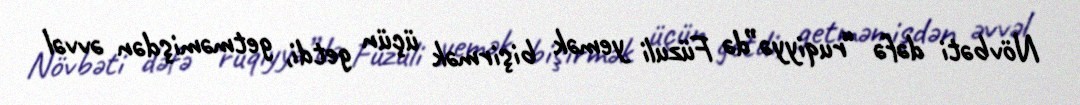
Növbəti dəfə “ruqiyyə”də Füzuli yemək bişirmək üçün getdi, getməmişdən əvvəl